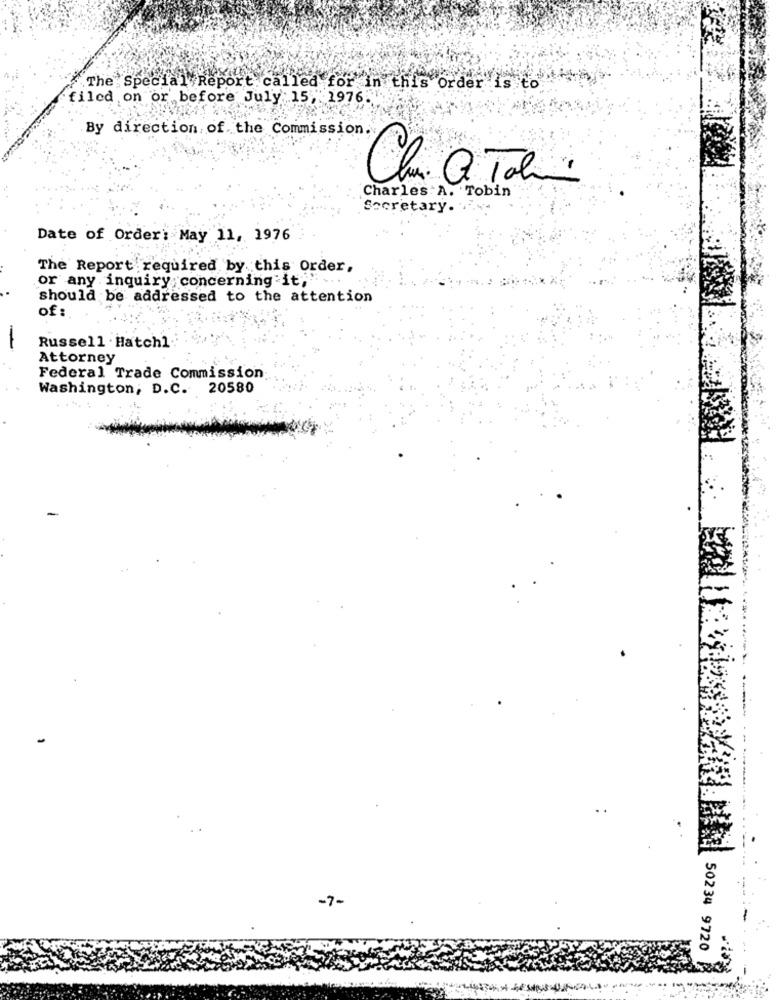
The Special Report called for in this order is to
filed on or before July 15 " 1976
By direction of the Commission.
Clu. a. Tab
Charles A. Tobin
Secretary ..
Date of Order: May 11, 1976
The Report required by this Order,
or any inquiry concerning it;"
should be addressed to the attention
of :
-
Russell . Hatch1
Attorney
Federal Trade Commission:
Washington, D.C. 20580
-7-
50234 9720